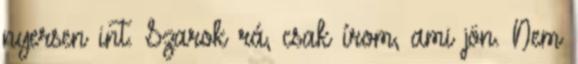
nyersen int. Szarok rá, csak írom, ami jön. Nem